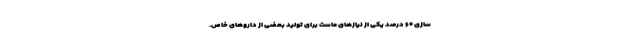
سازی ۶۰ درصد یکی از نیازهای ماست برای تولید بعضی از داروهای خاص.